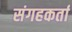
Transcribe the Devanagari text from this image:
संगहकर्ता